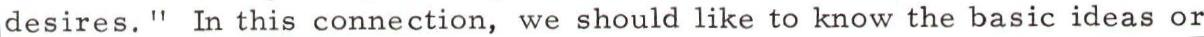
desires. " In this connection, we should like to know the basic ideas or